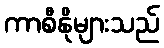
ကာစီနိုများသည်